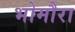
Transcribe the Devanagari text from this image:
भोमौरा